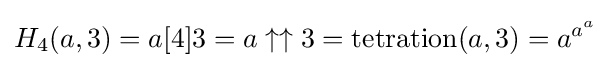
H_{4}(a,3)=a[4]3=a\uparrow \uparrow 3=\operatorname {tetration} (a,3)=a^{a^{a}}